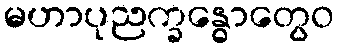
မဟာပုညက္ခန္ဓောတွေဝ